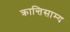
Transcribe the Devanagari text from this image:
क्रान्तिसाम्य